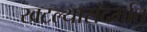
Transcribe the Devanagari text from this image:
खटल्यासंदर्भात